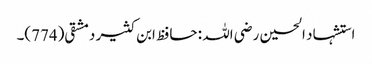
استشہاد الحسین رضی اللہ : حافظ ابن کثیر دمشقی(774)۔